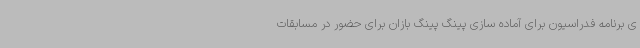
ی برنامه فدراسیون برای آماده سازی پینگ پینگ بازان برای حضور در مسابقات